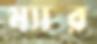
ম্যার